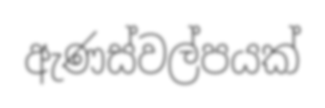
ඇණස්වල්පයක්